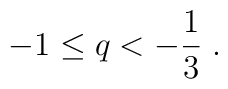
- 1 \le q < - \frac{1}{3} \; .